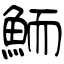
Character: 鮞